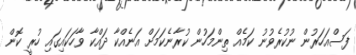
ފަސްއަހަރުން ނުކުރެވުނު ކަމެއް ތިންމަހުން ކުރާނެކަމަށް އަނެއްކާ ދައްކާ ވާހަކައިގައި ހުރީ ކޮން